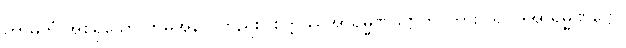
ကာမဘုံ အစရှိသော ဘူမိအနက်တည်း။ စိတ္တဿအာရမ္မဏဋ္ဌောတိ၊ ကား။ ရူပါဒိအာရမ္မဏဋ္ဌော၊